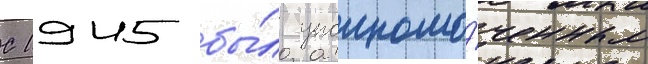
С 1945 бы́л уполномо́ченным